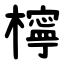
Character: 檸